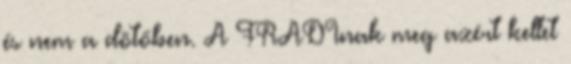
és nem a dötőben. A FRADInak meg azért kellet